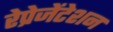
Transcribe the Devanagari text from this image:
रेप्रेजेंटेशन